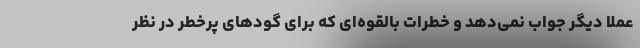
عملا دیگر جواب نمی‌دهد و خطرات بالقوه‌ای که برای گودهای پرخطر در نظر